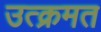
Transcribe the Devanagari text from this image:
उत्क्रमत